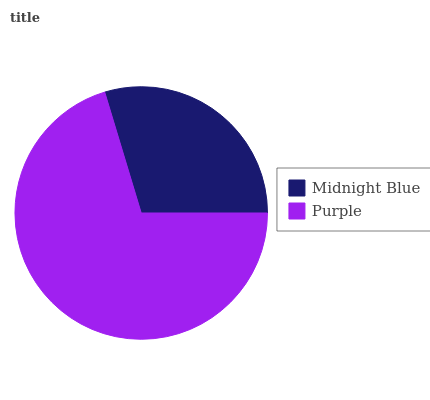
| Midnight Blue | Purple |
 | --- | --- |
 | 29.6% | 70.4% |